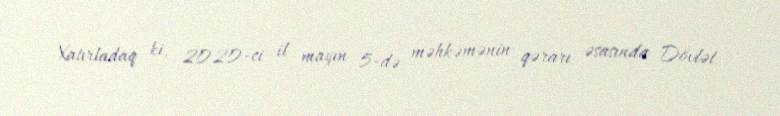
Xatırladaq ki, 2020-ci il mayın 5-də məhkəmənin qərarı əsasında Dövlət